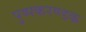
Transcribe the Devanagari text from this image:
पुष्पकरण्डक